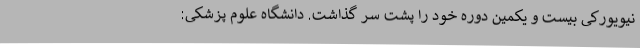
نیویورکی بیست و یکمین دوره خود را پشت سر گذاشت. دانشگاه علوم پزشکی: